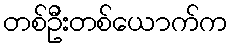
တစ်ဦးတစ်ယောက်က